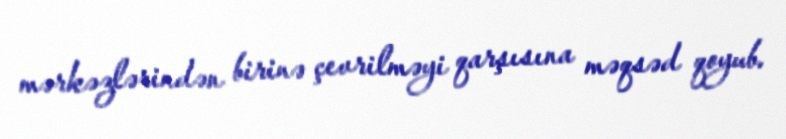
mərkəzlərindən birinə çevrilməyi qarşısına məqsəd qoyub.